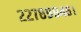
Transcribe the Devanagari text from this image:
२२७८९८४६।